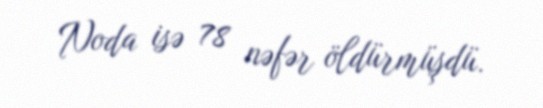
Noda isə 78 nəfər öldürmüşdü.